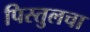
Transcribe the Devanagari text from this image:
पिस्तुलचा